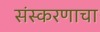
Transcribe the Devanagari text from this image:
संस्करणाचा